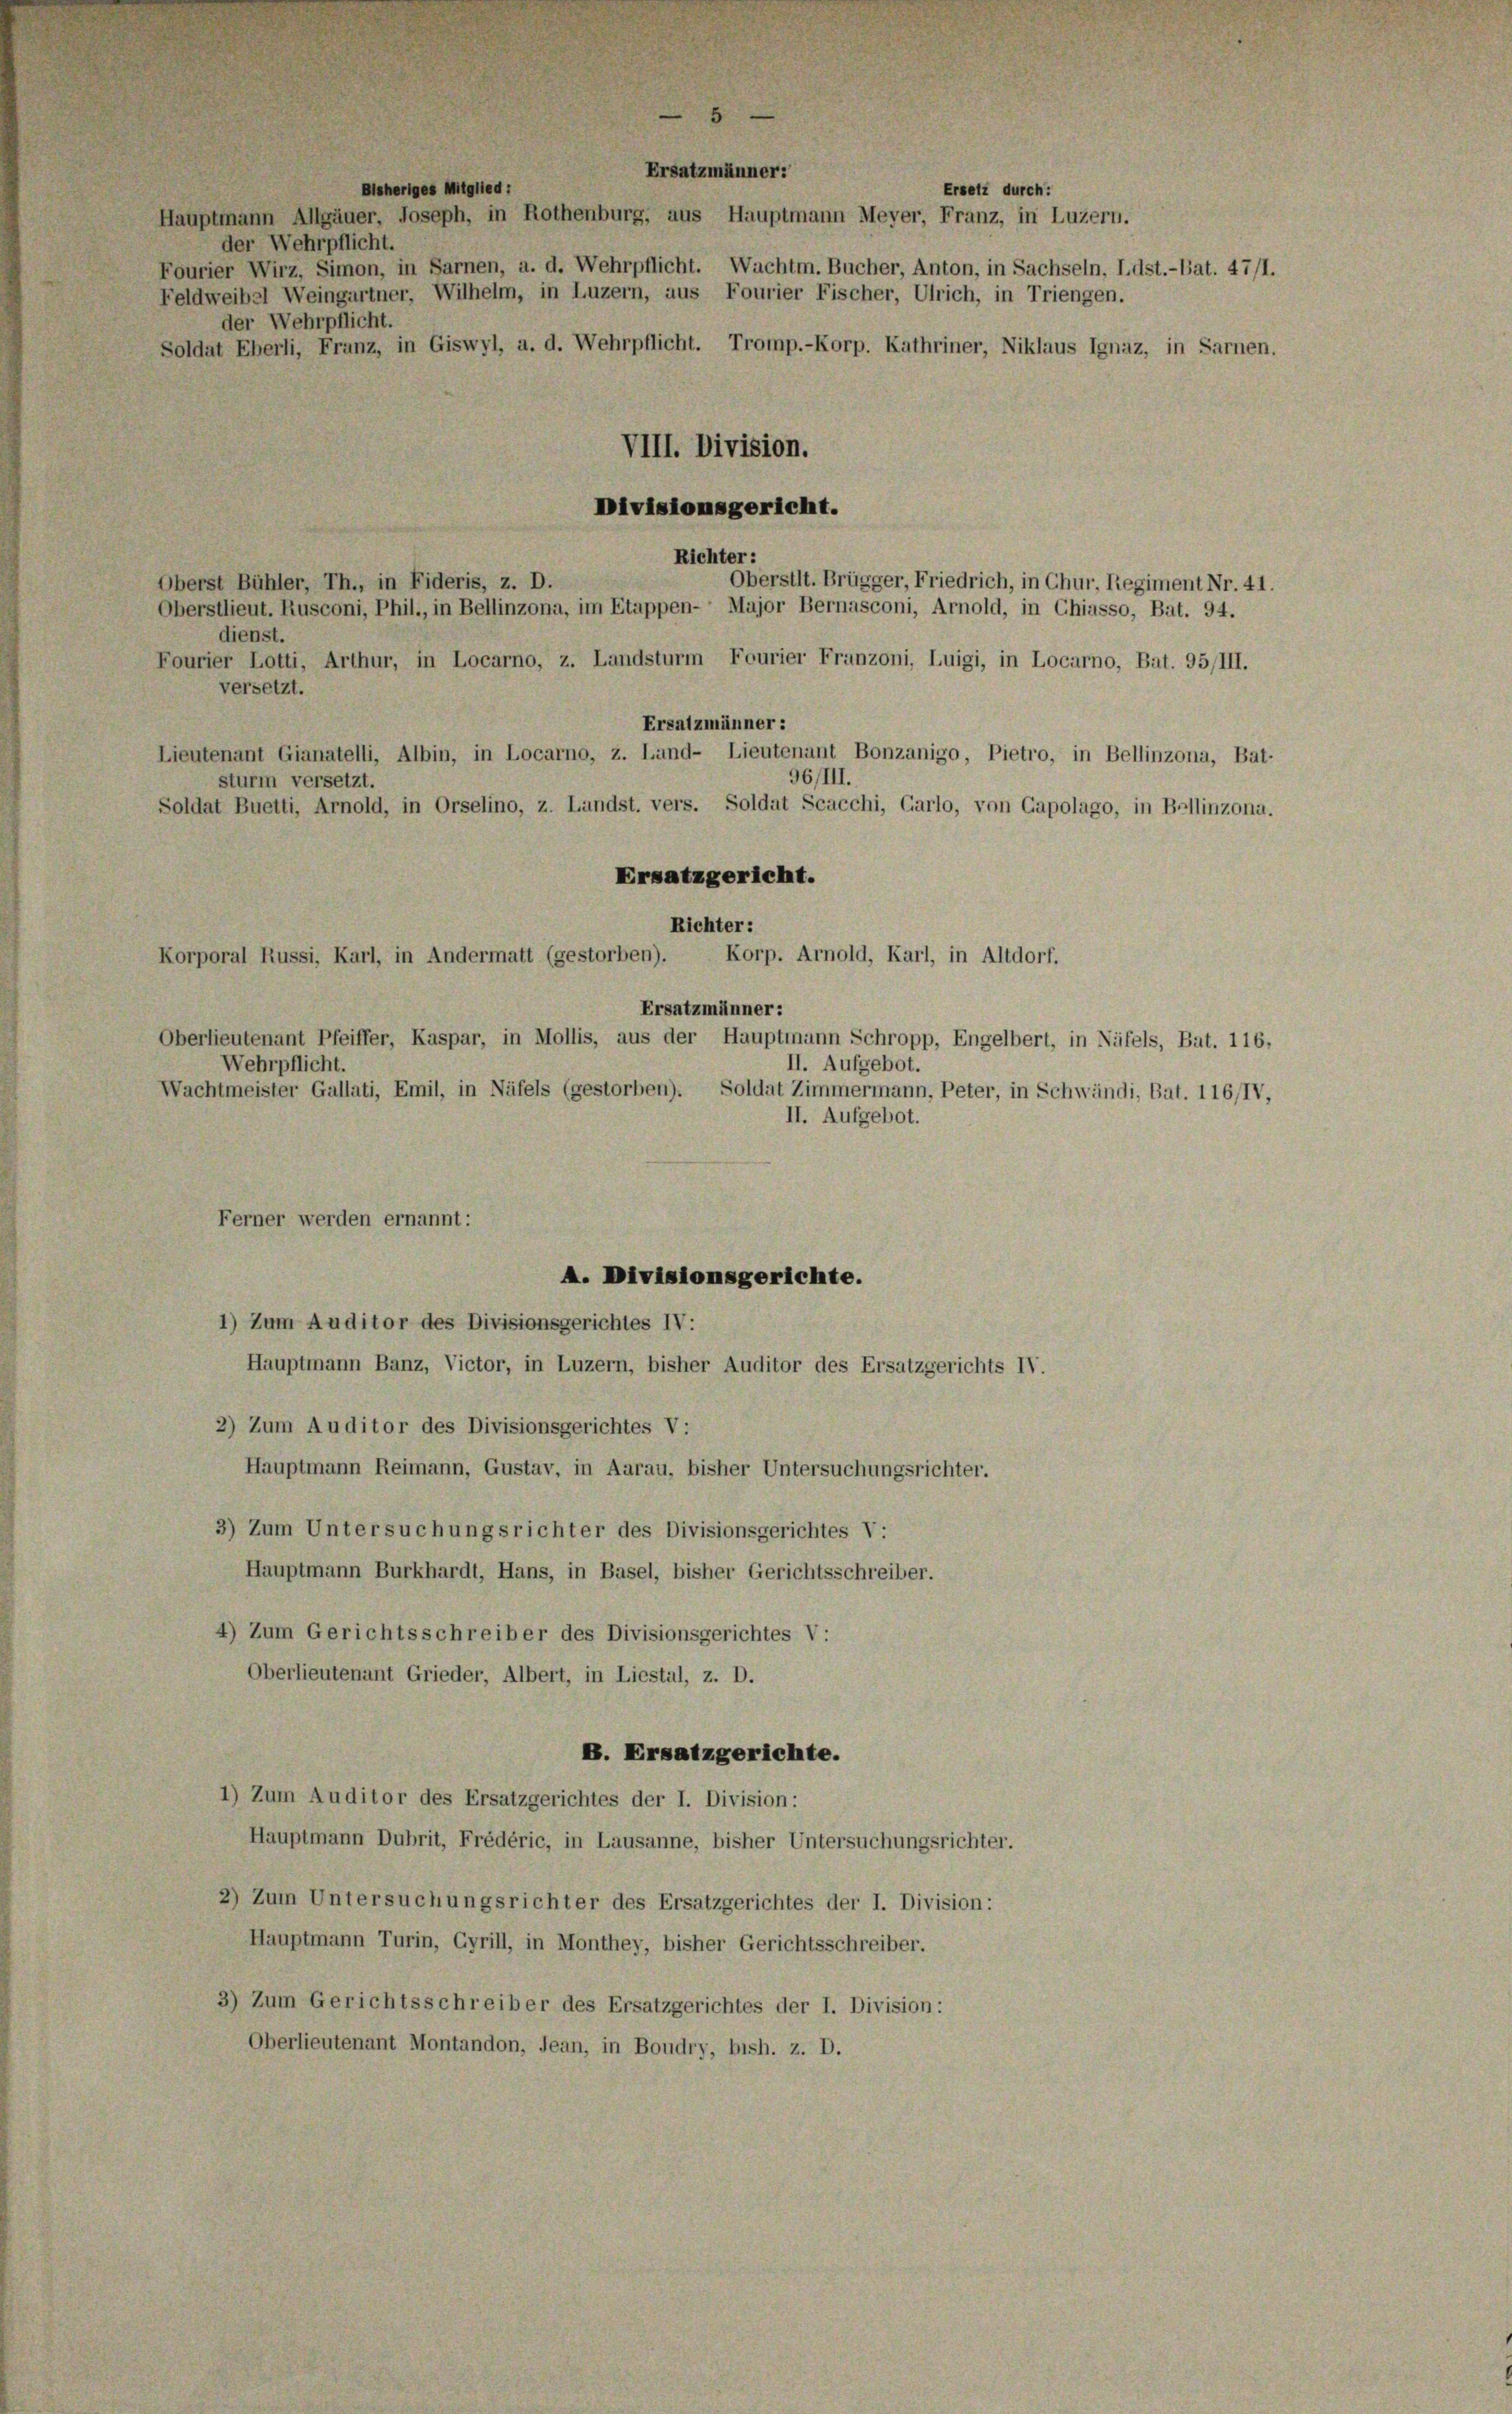
Ersatzmänner:
Bisheriges Mitglied:
Hauptmann Allgäuer, Joseph, in Rothenburg, aus Hauptmann Meyer, Franz, in Luzern.
der Wehrpflicht.
Fourier Wirz, Simon, in Sarnen, a. d. Wehrpflicht. Wachtm. Bucher, Anton, in Sachseln, I.dst.-Bat. 47/1.
der Wehrpflicht.
Soldat Eberli, Franz, in Giswyl, a. d. Wehrpflicht. Tromp.-Korp. Kathriner, Niklaus Ignaz, in Sarnen.
VIII. Division.
Divisionsgericht.
Richter:
Oberstit. Brügger, Friedrich, in Chur, Regiment Nr. 41.
Oberst Bühler, Th., in Fideris, z. D.
Oberstlieut. Rusconi, Phil., in Bellinzona, im Etappen- Major Bernasconi, Arnold, in Chiasso, Bat. 94.
dienst.
Fourier Lotti, Arthur, in Locarno, z. Landsturm Fourier Franzoni, Luigi, in Locarno, Bat. 95/III.
versetzt.
Ersatzmünner:
Lieutenant Gianatelli, Albin, in Locarno, z. Land- Lieutenant Bonzanigo, Pietro, in Bellinzona, Bat-
96/III.
sturm versetzt.
Soldat Buetti, Arnold, in Orselino, z. Landst. vers. Soldat Scacchi, Carlo, von Gapolago, in Bellinzona.
Ersatzgericht.
Richter:
Korp. Arnold, Karl, in Altdorf.
Korporal Russi, Karl, in Andermatt (gestorben).
Ersatzmänner:
Oberlieutenant Pfeiffer, Kaspar, in Mollis, aus der Hauptmann Schropp, Engelbert, in Näfels, Bat. 116,
Wehrpflicht.
II. Aufgebot.
Wachtmeister Gallati, Emil, in Näfels (gestorben). Soldat Zimmermann, Peter, in Schwändi, Bat. 116/IV,
II. Aufgebot.
Ferner werden ernannt:
A. Divisionsgerichte.
1) Zum Auditor des Divisionsgerichtes IV:
Hauptmann Banz, Victor, in Luzern, bisher Auditor des Ersatzgerichts IV.
2) Zum Auditor des Divisionsgerichtes V:
Hauptmann Reimann, Gustav, in Aarau, bisher Untersuchungsrichter.
3) Zum Untersuchungsrichter des Divisionsgerichtes V:
Hauptmann Burkhardt, Hans, in Basel, bisher Gerichtsschreiber.
4) Zum Gerichtsschreiber des Divisionsgerichtes V:
Oberlieutenant Grieder, Albert, in Liestal, z. D.
B. Ersatzgerichte.
1) Zum Auditor des Ersatzgerichtes der I. Division:
Hauptmann Dubrit, Frédéric, in Lausanne, bisher Untersuchungsrichter.
2) Zum Untersuchungsrichter des Ersatzgerichtes der I. Division:
Hauptmann Turin, Gyrill, in Monthey, bisher Gerichtsschreiber.
3) Zum Gerichtsschreiber des Ersatzgerichtes der I. Division:
Oberlieutenant Montandon, Jean, in Boudry, bish. z. D.

Feldweibel Weingartner, Wilhelm, in Luzern, aus Fourier Fischer, Ulrich, in Triengen.

Ersetz durch: